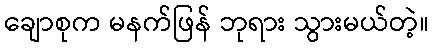
ချောစုက မနက်ဖြန် ဘုရား သွားမယ်တဲ့။